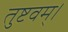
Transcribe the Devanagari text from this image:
तुष्टवम्।